Vaccination in Burma 1920-1933 - 1920-1933
Year: 1920
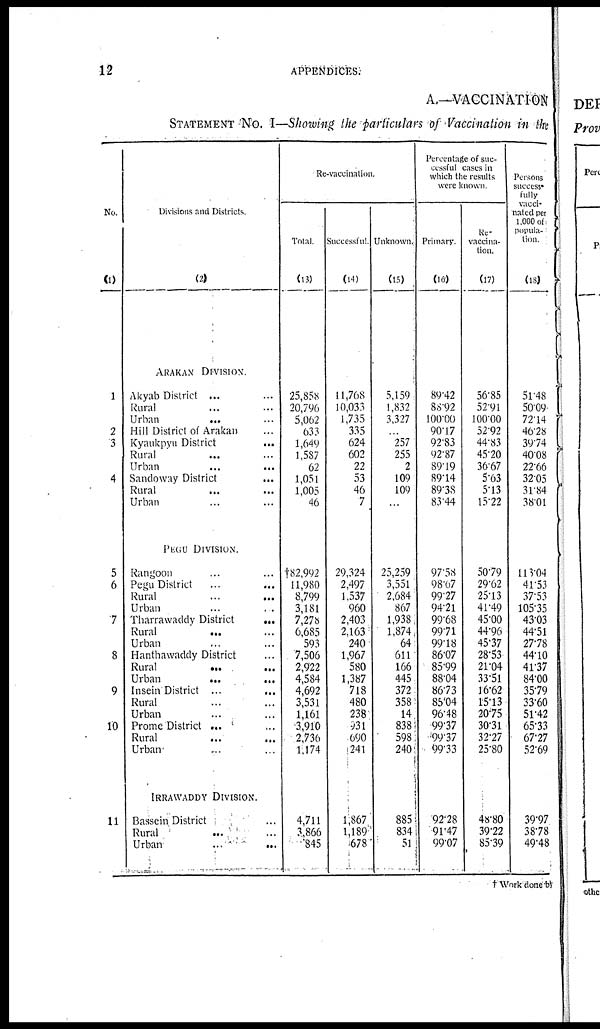
12
APPENDICES.
A.—VACCINATION
STATEMENT No. I—Showing the particulars of Vaccination in the
No.
(1)
1
2
3
4
5
6
7
8
9
10
11
Divisions and Districts.
(2)
ARAKAN DIVISION.
Akyab District ... ...
Rural ... ...
Urban
... ...
Hill District of Arakan ...
Kyaukpyu District
...
Rural ... ...
Urban ... ...
Sandoway District
...
Rural ... ...
Urban ... ...
PEGU DIVISION.
Rangoon ... ...
Pegu District ... ...
Rural ... ...
Urban ... ...
Tharrawaddy District
...
Rural
... ...
Urban ... ...
Hanthawaddy District ...
Rural
...
...
Urban
...
...
Insein District ...
...
Rural ... ...
Urban ... ...
Prome District ... ...
Rural ... ...
Urban ... ...
IRRAWADDY DIVISION.
Bassein District ...
Rural ... ...
Urban
...
...
Re-vaccination.
Total.
(13)
25,858
20,796
5,062
633
1,649
1,587
62
1,051
1,005
46
†82,992
11,980
8,799
3,181
7,278
6,685
593
7,506
2,922
4,584
4,692
3,531
1,161
3,910
2,736
1,174
4,711
3,866
845
Successful.
(14)
11,768
10,033
1,735
335
624
602
22
53
46
7
29,324
2,497
1,537
960
2,403
2,163
240
1,967
580
1,387
718
480
238
931
690
241
1,867
1,189
678
Unknown.
(15)
5,159
1,832
3,327
...
257
255
2
109
109
...
25,259
3,551
2,684
867
1,938
1,874
64
611
166
445
372
358
14
838
598
240
885
834
51
Percentage of suc-
cessful cases in
which the results
were known.
Primary.
(16)
89.42
88.92
100.00
90.17
92.83
92.87
89.19
89.14
89.38
83.44
97.58
98.67
99.27
94.21
99.68
99.71
99.18
86.07
85.99
88.04
86.73
85.04
96.48
99.37
99.37
99.33
92.28
91.47
99.07
Re¬
vaccina-
tion.
(17)
56.85
52.91
100.00
52.92
44.83
45.20
36.67
5.63
5.13
15.22
50.79
29.62
25.13
41.49
45.00
44.96
45.37
28.53
21.04
33.51
16.62
15.13
20.75
30.31
32.27
25.80
48.80
39.22
85.39
Persons
success¬
fully
vacci-
nated per
1,000 of
popula-
tion.
(18)
51.48
50.09
72.14
46.28
39.74
40.08
22.66
32.05
31.84
38.01
118.04
41.53
37.53
105.35
43.03
44.51
27.78
44.10
41.37
84.00
35.79
33.60
51.42
65.33
67.27
52.69
39.97
38.78
49.48
† Work done by